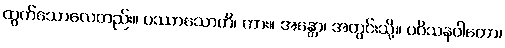
ထွက်သောလေတည်း။ ပဿာသောတိ၊ ကား။ အန္တော၊ အတွင်းသို့။ ပဝိသနဝါတော၊